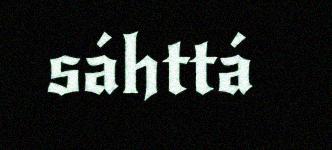
sáhttá